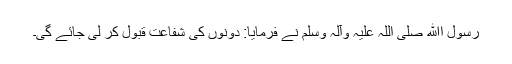
رسول اﷲ صلی اللہ علیہ وآلہ وسلم نے فرمایا: دونوں کی شفاعت قبول کر لی جائے گی۔